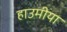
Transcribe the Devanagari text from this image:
हाउमीया